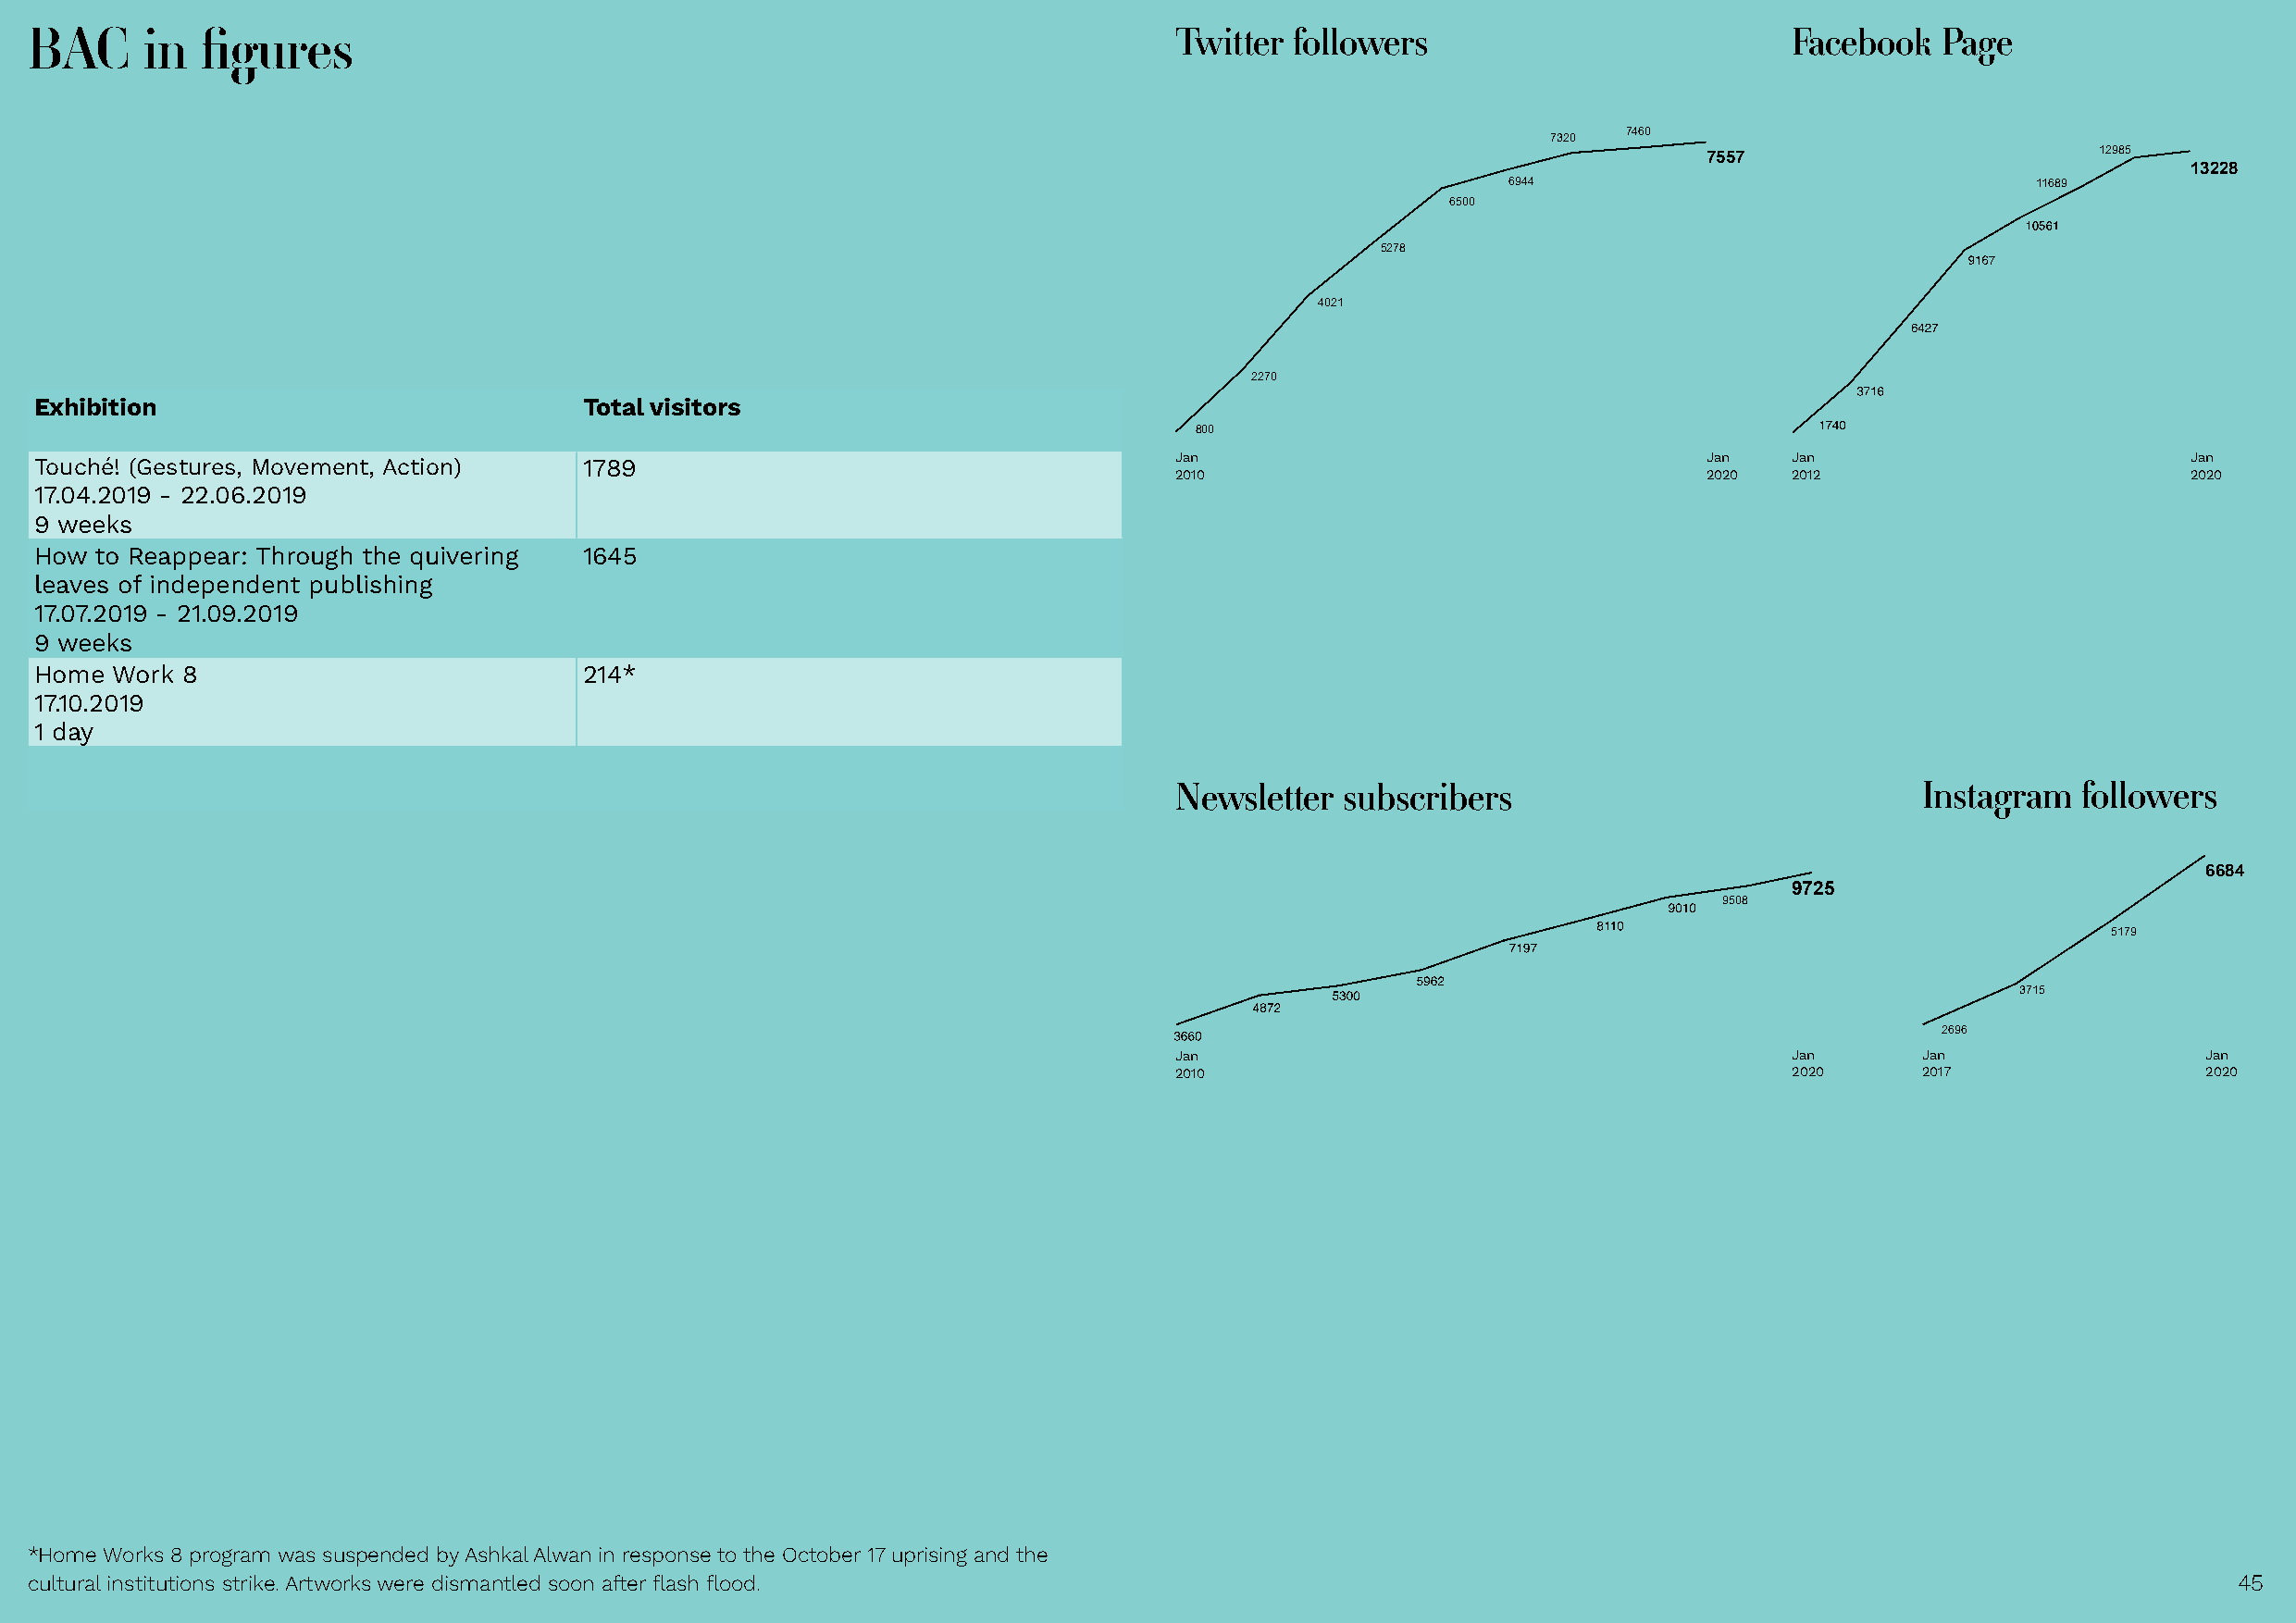
`v                                                                                `v
 BAC     in  figures                                                               Twitter followers                           Facebook   Page
 7460
 7320
 12985
 7557
 13228
 6944                                  11689
 6500
 5278
 4021
 2270
 Exhibition                              Total visitors
 800
 Jan                                   Jan   Jan                          Jan
 Touché! (Gestures, Movement, Action)    1789
 2010                                  2020  2012                         2020
 17.04.2019 - 22.06.2019
 9 weeks
 How  to Reappear: Through the quivering 1645
 leaves of independent publishing
 17.07.2019 - 21.09.2019
 9 weeks
 Home  Work 8                            214*
 17.10.2019
 1 day
 Newsletter  subscribers                              Instagram   followers
 6684
 9725
 9508
 5179
 3715
 2696
 Jan                                         Jan      Jan                  Jan
 2010                                        2020     2017                 2020
 *Home Works 8 program was suspended by Ashkal Alwan in response to the October 17 uprising and the
 cultural institutions strike. Artworks were dismantled soon after flash flood.                                                                                4455